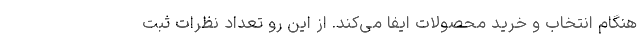
هنگام انتخاب و خرید محصولات ایفا می‌کند. از این رو تعداد نظرات ثبت